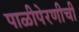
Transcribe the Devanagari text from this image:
पाळीपेरणीची